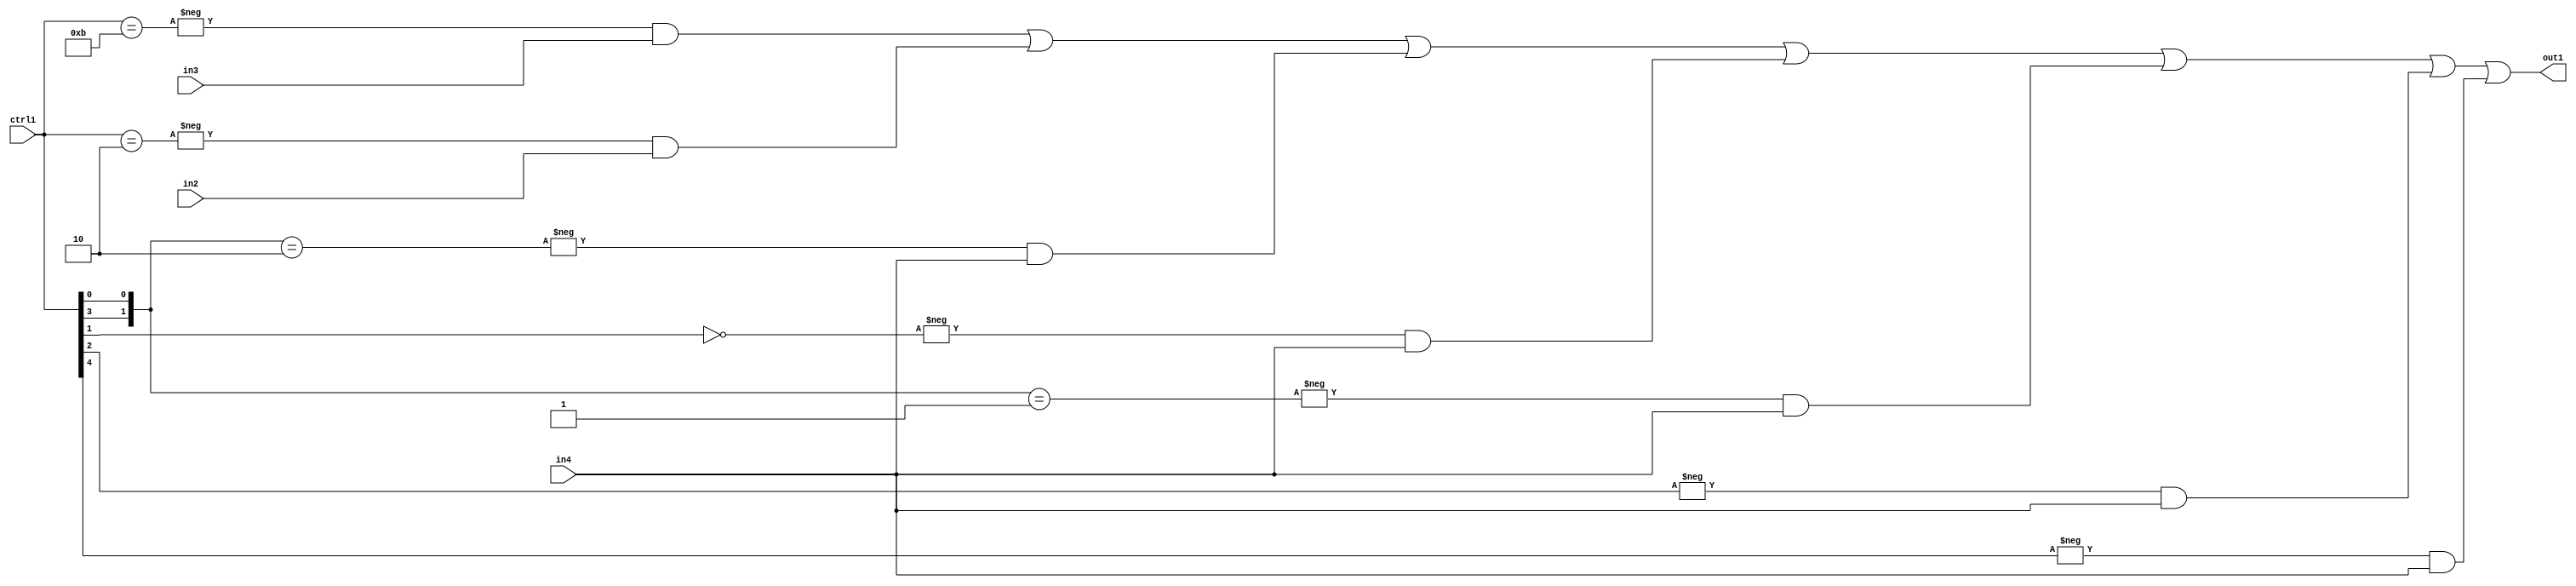
`timescale 1ps / 1ps
/*****************************************************************************
    Verilog RTL Description
    
    
    Created by: Stratus DpOpt 21.05.01 
*******************************************************************************/

module SobelFilter_N_Mux_20_3_20_1 (
	in4,
	in3,
	in2,
	ctrl1,
	out1
	); /* architecture "behavioural" */ 
input [19:0] in4,
	in3,
	in2;
input [4:0] ctrl1;
output [19:0] out1;
wire [19:0] asc001;

assign asc001 = 
	-{ctrl1 == 5'B01011} & in3 |
	-{ctrl1 == 5'B00010} & in2 |
	-{{ctrl1[3], ctrl1[0]} == 2'B10} & in4 |
	-{ctrl1[1] == 1'B0} & in4 |
	-{{ctrl1[3], ctrl1[0]} == 2'B01} & in4 |
	-{ctrl1[2] == 1'B1} & in4 |
	-{ctrl1[4] == 1'B1} & in4 ;

assign out1 = asc001;
endmodule

/* CADENCE  v7b0Qgg= : u9/ySxbfrwZIxEzHVQQV8Q== ** DO NOT EDIT THIS LINE ******/